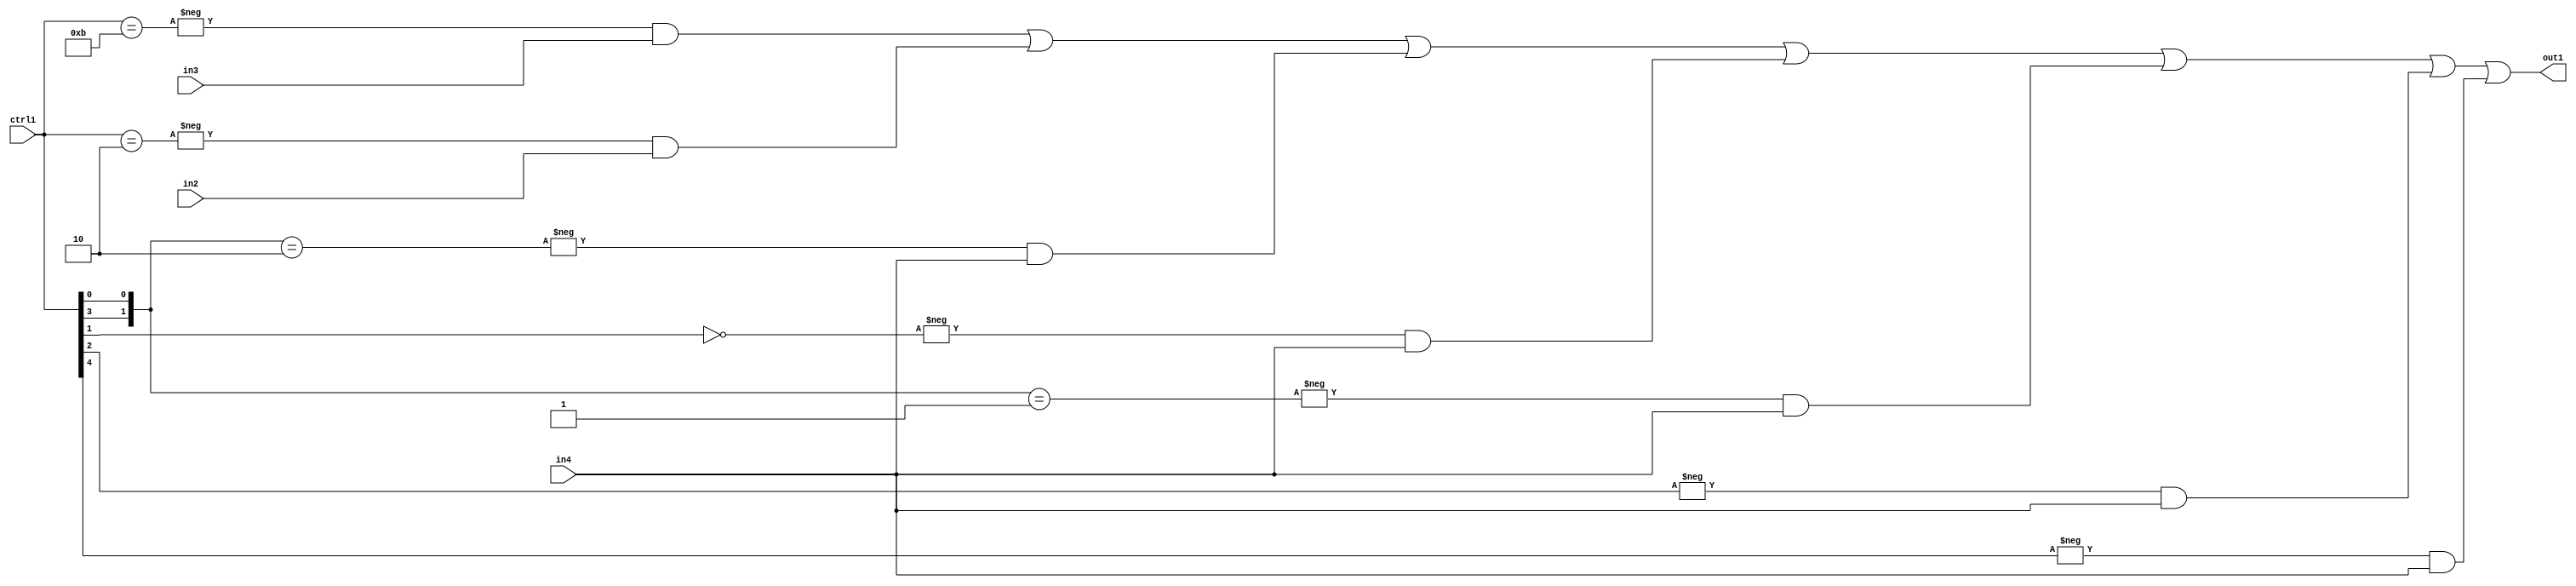
`timescale 1ps / 1ps
/*****************************************************************************
    Verilog RTL Description
    
    
    Created by: Stratus DpOpt 21.05.01 
*******************************************************************************/

module SobelFilter_N_Mux_20_3_20_1 (
	in4,
	in3,
	in2,
	ctrl1,
	out1
	); /* architecture "behavioural" */ 
input [19:0] in4,
	in3,
	in2;
input [4:0] ctrl1;
output [19:0] out1;
wire [19:0] asc001;

assign asc001 = 
	-{ctrl1 == 5'B01011} & in3 |
	-{ctrl1 == 5'B00010} & in2 |
	-{{ctrl1[3], ctrl1[0]} == 2'B10} & in4 |
	-{ctrl1[1] == 1'B0} & in4 |
	-{{ctrl1[3], ctrl1[0]} == 2'B01} & in4 |
	-{ctrl1[2] == 1'B1} & in4 |
	-{ctrl1[4] == 1'B1} & in4 ;

assign out1 = asc001;
endmodule

/* CADENCE  v7b0Qgg= : u9/ySxbfrwZIxEzHVQQV8Q== ** DO NOT EDIT THIS LINE ******/